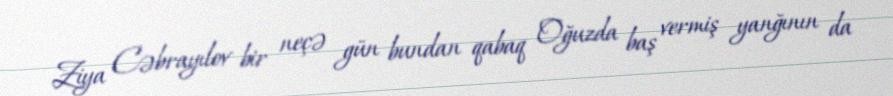
Ziya Cəbrayılov bir neçə gün bundan qabaq Oğuzda baş vermiş yanğının da